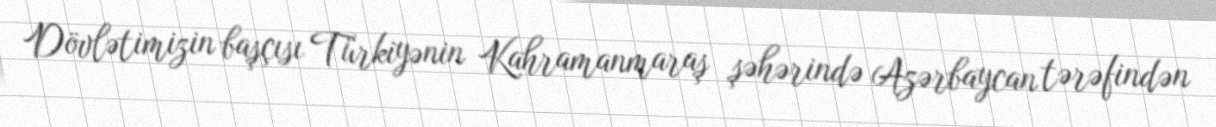
Dövlətimizin başçısı Türkiyənin Kahramanmaraş şəhərində Azərbaycan tərəfindən